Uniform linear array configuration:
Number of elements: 64
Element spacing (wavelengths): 0.75
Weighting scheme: uniform
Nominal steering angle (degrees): -60
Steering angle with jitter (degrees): -58.404
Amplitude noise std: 0.05
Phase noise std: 0.05

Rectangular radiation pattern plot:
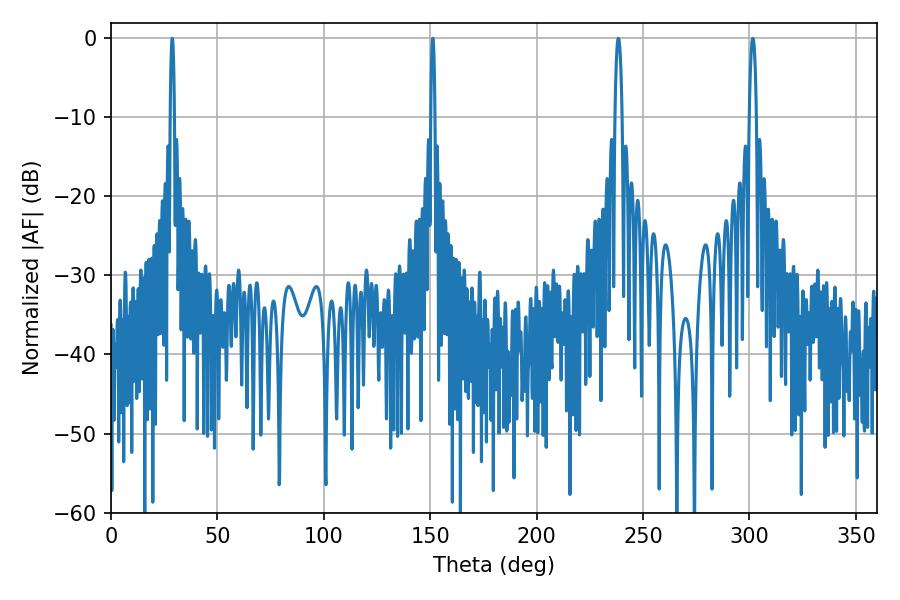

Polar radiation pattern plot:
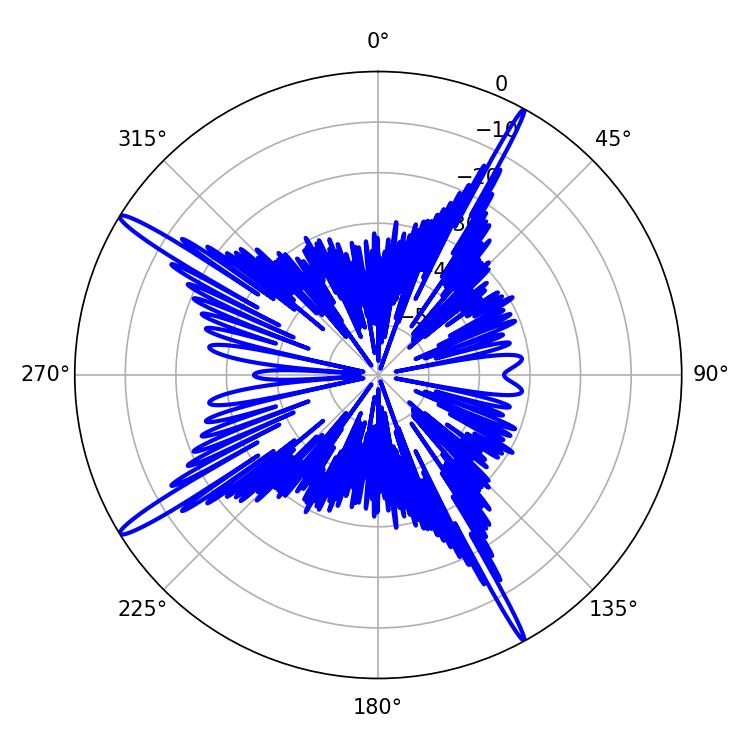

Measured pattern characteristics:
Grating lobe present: TRUE
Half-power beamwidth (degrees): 1.08
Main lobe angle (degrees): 151.2